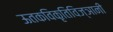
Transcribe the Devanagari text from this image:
ऊतकविकृतिविज्ञानी